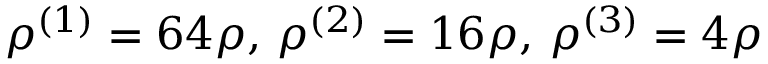
\rho ^ { ( 1 ) } = 6 4 \rho , \, \rho ^ { ( 2 ) } = 1 6 \rho , \, \rho ^ { ( 3 ) } = 4 \rho